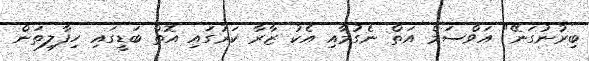
ބިރުނުގަނޭ" އަވްސަމް އަތް ނެގުމާއި އެކު ޒާރާ ކަރުގައި އޮތް ބަޑީގައި ހިފާލިތަން